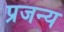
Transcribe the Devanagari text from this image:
प्रजन्य